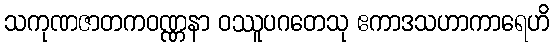
သကုဏဇာတကဝဏ္ဏနာ ဝဿူပဂတေသု ဧကာဒသဟာကာရေဟိ